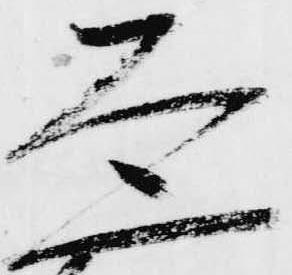
ゑ